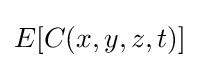
E[C(x,y,z,t)]